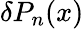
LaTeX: \delta P_{n}(x)